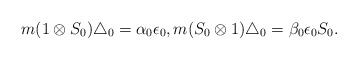
\begin{align*}m(1\otimes S_0)\bigtriangleup_0={\alpha}_0{\epsilon_0},m(S_0\otimes 1)\bigtriangleup_0={\beta}_0{\epsilon_0} S_0.\end{align*}